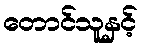
တောင်သူနှင့်